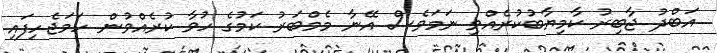
އަބްދު ޖާބިރު ކާމިޔާބުކުރެއްވި ނަމަވެސް އޭނާ މެމްބަރު ކަމުގެ ހުވާ ކުރެއްވުން ހަމަޖެހިފައި